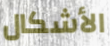
الأشكال